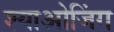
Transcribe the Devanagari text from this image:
श्याओजिंग